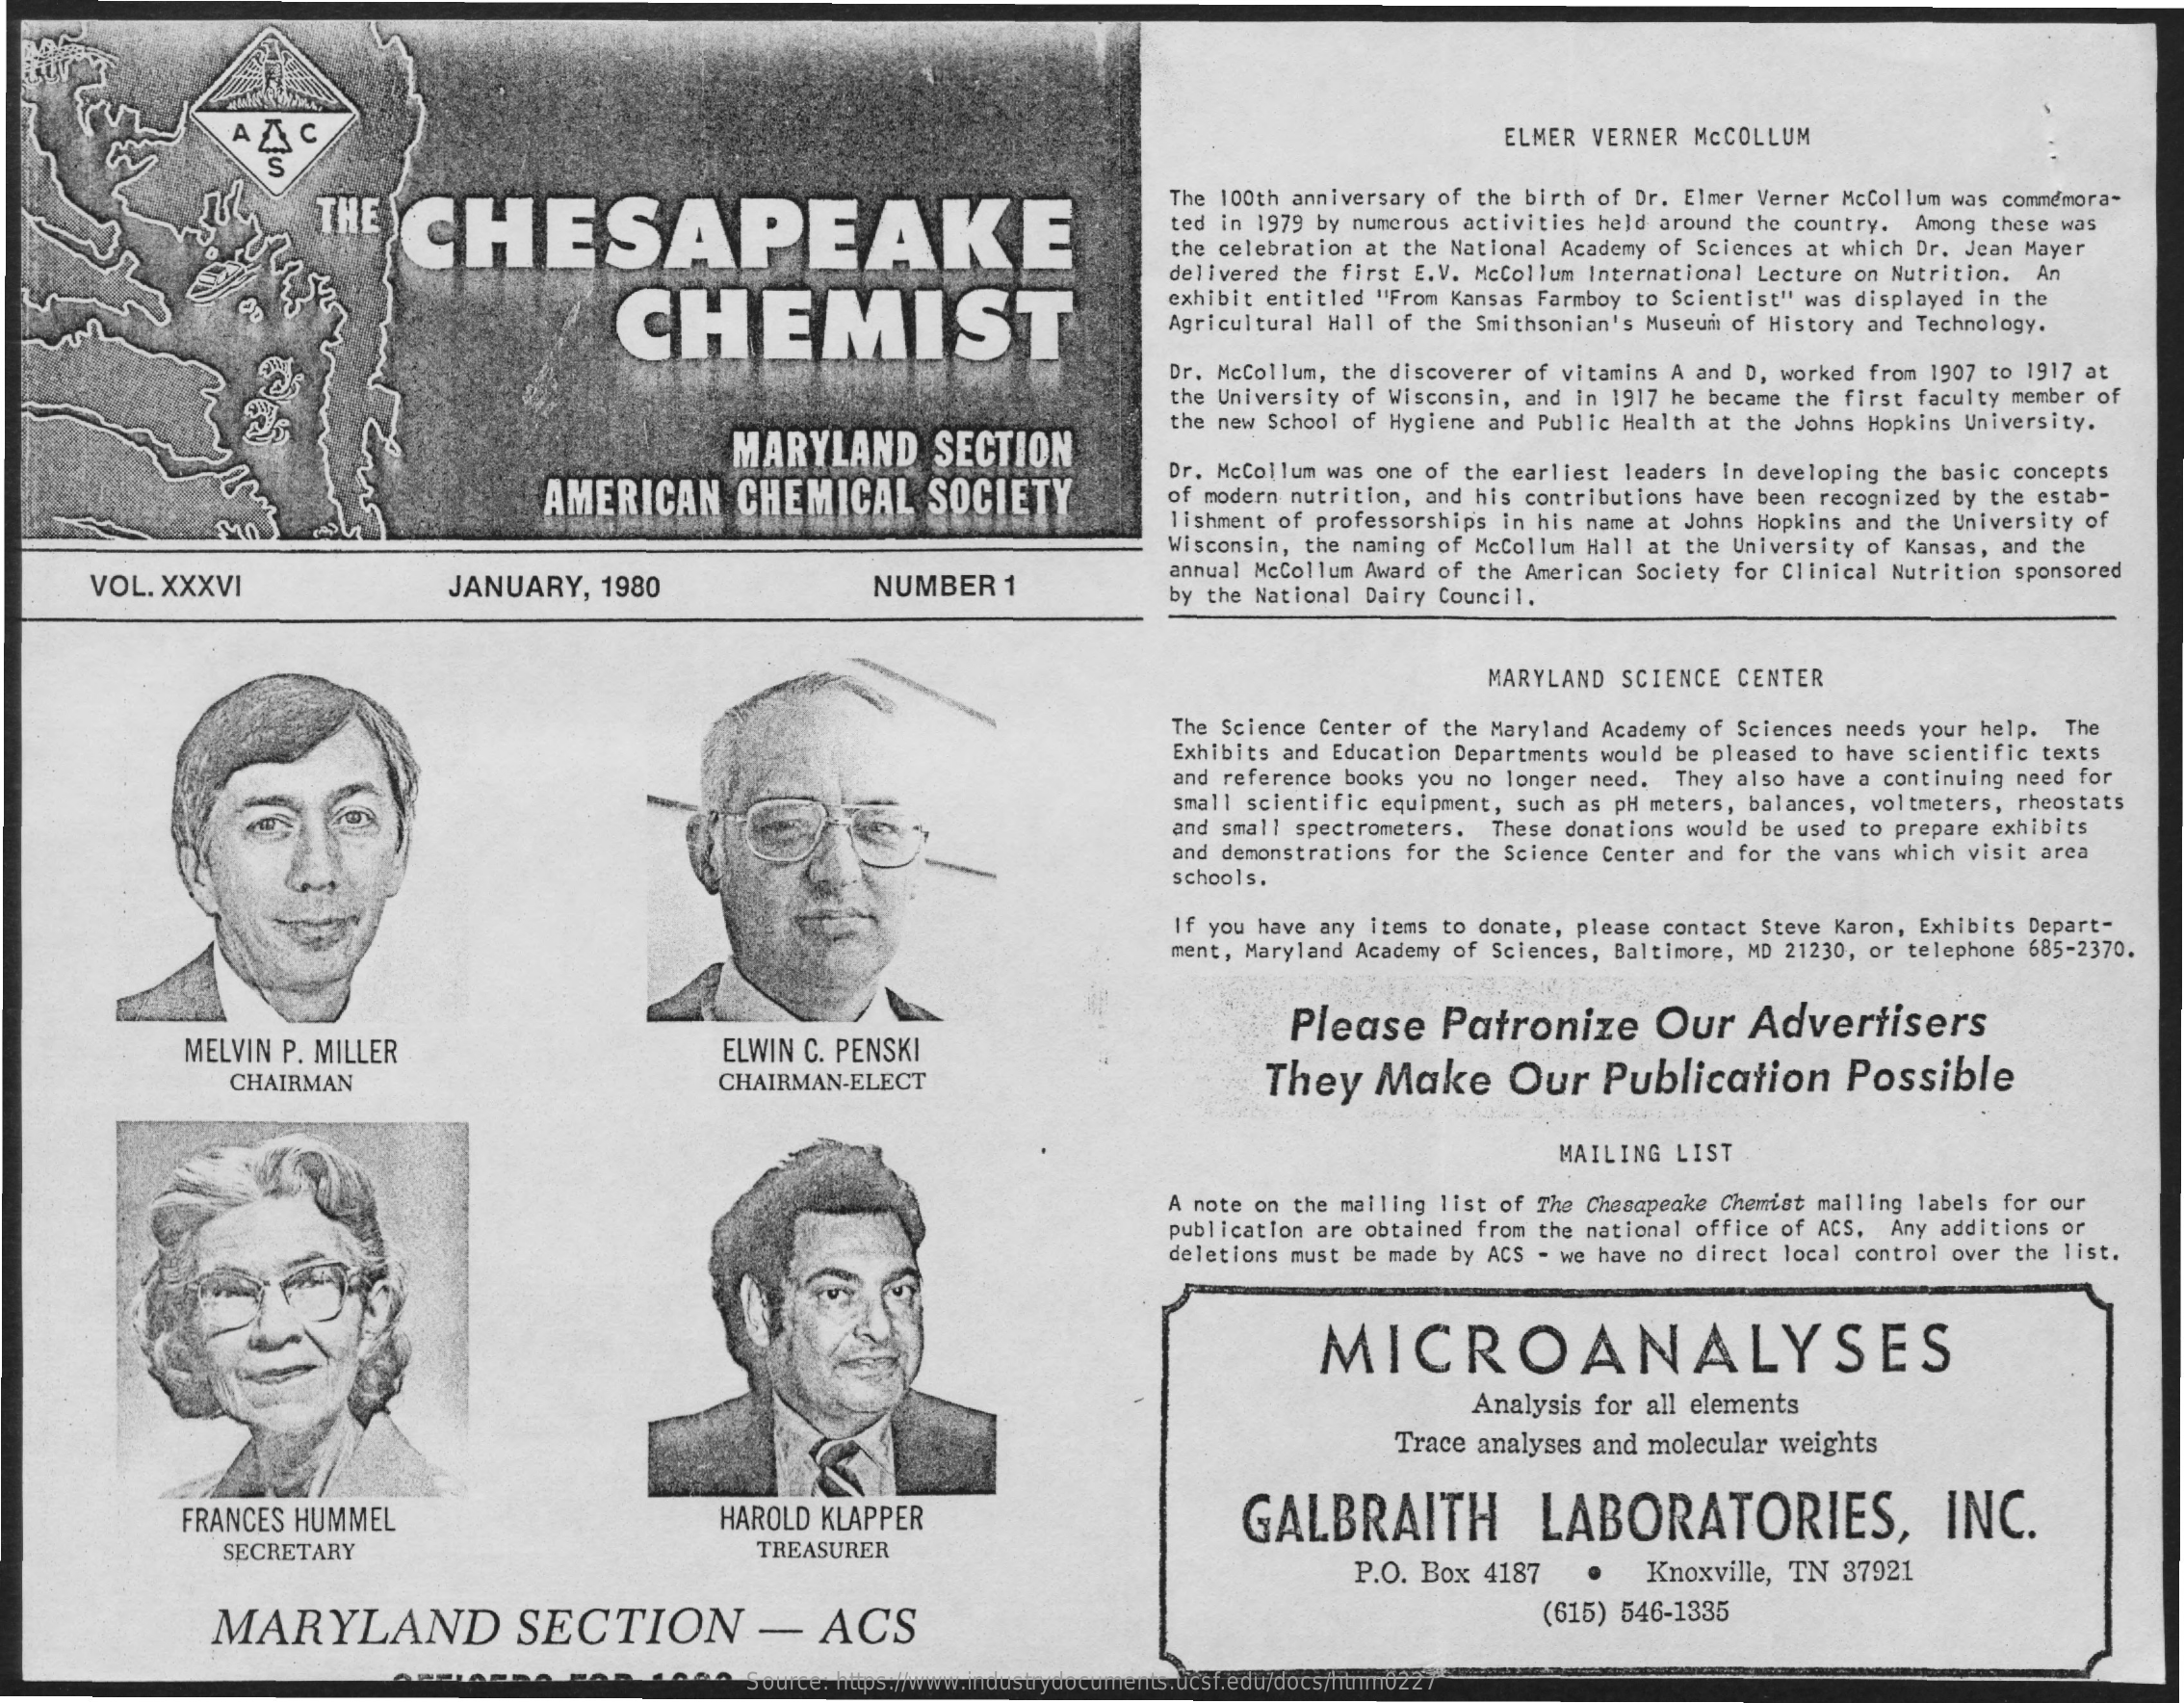
ELMER VERNER MCCOLLUM
     THE   CHESAPEAKE
     The 100th anniversary of the birth of Dr. Elmer Verner Mccollum was commemora-
     ted in 1979 by numerous activities held around the country. Among these was
     the celebration at the National Academy of Sciences at which Dr. Jean Mayer
     CHEMIST
     delivered the first E.V. Mccollum International Lecture on Nutrition. An
     exhibit entitled "From Kansas Farmboy to Scientist" was displayed in the
     Agricultural Hall of the Smithsonian's Museum of History and Technology.
     Dr. Mccollum, the discoverer of vitamins A and D, worked from 1907 to 1917 at
     the University of Wisconsin, and in 1917 he became the first faculty member of
     MARYLAND    SECTION
     the new School of Hygiene and Public Health at the Johns Hopkins University.
     AMERICAN    CHEMICAL    SOCIETY
     Dr. McCollum was one of the earliest leaders In developing the basic concepts
     of modern nutrition, and his contributions have been recognized by the estab-
     lishment of professorships in his name at Johns Hopkins and the University of
     Wisconsin, the naming of Mccollum Hall at the University of Kansas, and the
     VOL. XXXVI    JANUARY,   1980    NUMBER   1
     annual Mccollum Award of the American Society for Clinical Nutrition sponsored
     by the National Dairy Council.
     MARYLAND SCIENCE CENTER
     The Science Center of the Maryland Academy of Sciences needs your help. The
     Exhibits and Education Departments would be pleased to have scientific texts
     and reference books you no longer need. They also have a continuing need for
     small scientific equipment, such as pH meters, balances, voltmeters, rheostats
     and small spectrometers. These donations would be used to prepare exhibits
     and demonstrations for the Science Center and for the vans which visit area
     schools.
     If you have any items to donate, please contact Steve Karon, Exhibits Depart-
     ment, Maryland Academy of Sciences, Baltimore, MD 21230, or telephone 685-2370.
     Please    Patronize    Our    Advertisers
     MELVIN P. MILLER    ELWIN C. PENSKI
     CHAIRMAN    CHAIRMAN-ELECT    They    Make    Our   Publication    Possible
     MAILING  LIST
     A note on the mailing list of The Chesapeake Chemist mailing labels for our
     publication are obtained from the national office of ACS. Any additions or
     deletions must be made by ACS - we have no direct local control over the list.
     MICROANALYSES
     Analysis for all elements
     Trace analyses and molecular weights
     FRANCES HUMMEL    HAROLD KLAPPER    GALBRAITH    LABORATORIES,    INC.
     SECRETARY    TREASURER
     P.O. Box 4187   .    Knoxville, TN 37921
     MARYLAND    SECTION    -    ACS    (615) 546-1335
     Source: https://www.industrydocuments.ucsf.edu/docs/htnm0227